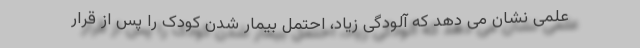
علمی نشان می دهد که آلودگی زیاد، احتمل بیمار شدن کودک را پس از قرار